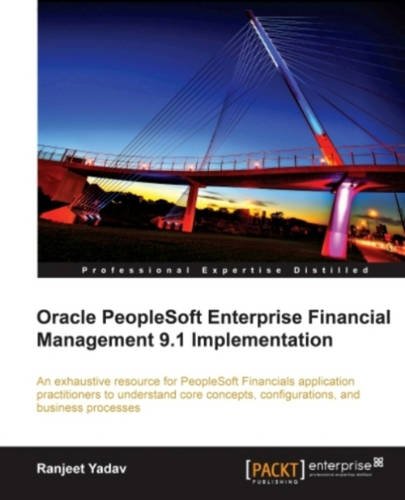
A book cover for Oracle PeopleSoft Enterprise Financial Management 9.1 Implementation; Ranjeet Yadav; Computers & Technology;